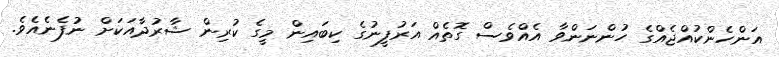
އަންހެންކުއްޖެއްގެ ހުންނަންވާ އެއްވެސް ގޮތެއް އަރުފީނުގެ ކިބައިން މީގެ ކުރިން ޝާރުދާއަކަށް ނުފެނެއެވެ.